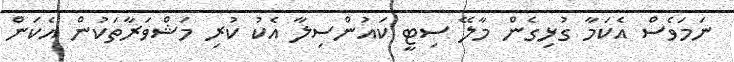
ނަމަވެސް އެކަމާ ގުޅިގެން މާލޭ ސިޓީ ކައުންސިލާ އެކު ކުރި މަޝްވަރާތަކުން އެކަން